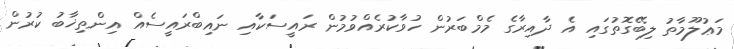
މަޢުލޫމާތު ލިބޭގޮތުގައި އެ ދާއިރާގެ މެމްބަރުން ހުވާކުރެއްވުމުން ރައީސަކާއި ނައިބްރައީސެއް އިންތިޚާބު ކުރުން